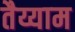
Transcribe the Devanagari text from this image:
तैय्याम